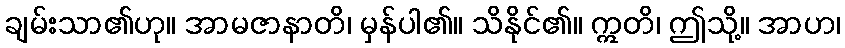
ချမ်းသာ၏ဟု။ အာမဇာနာတိ၊ မှန်ပါ၏။ သိနိုင်၏။ ဣတိ၊ ဤသို့။ အာဟ၊